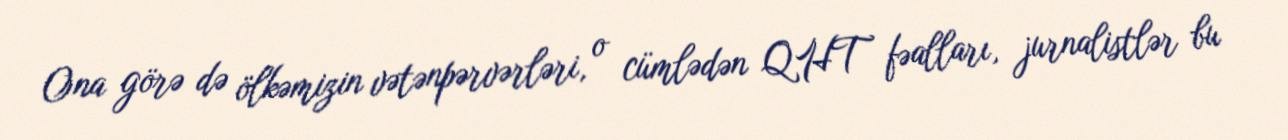
Ona görə də ölkəmizin vətənpərvərləri, o cümlədən QHT fəalları, jurnalistlər bu